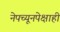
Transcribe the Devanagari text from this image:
नेपच्यूनपेक्षाही